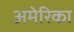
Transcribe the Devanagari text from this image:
अमेेेेरिका